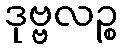
ဒုဗ္ဗလဉ္စ